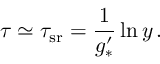
\tau \simeq \tau _ { \mathrm { s r } } = \frac { 1 } { g _ { * } ^ { \prime } } \ln y \, .